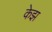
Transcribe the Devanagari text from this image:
केझ